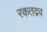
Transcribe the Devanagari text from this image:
रकतद्रव